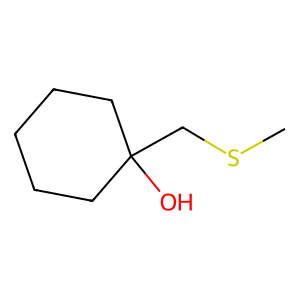
SMILES: CSCC1(O)CCCCC1
Inhibits HIV replication: No